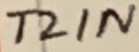
Text: T2IN